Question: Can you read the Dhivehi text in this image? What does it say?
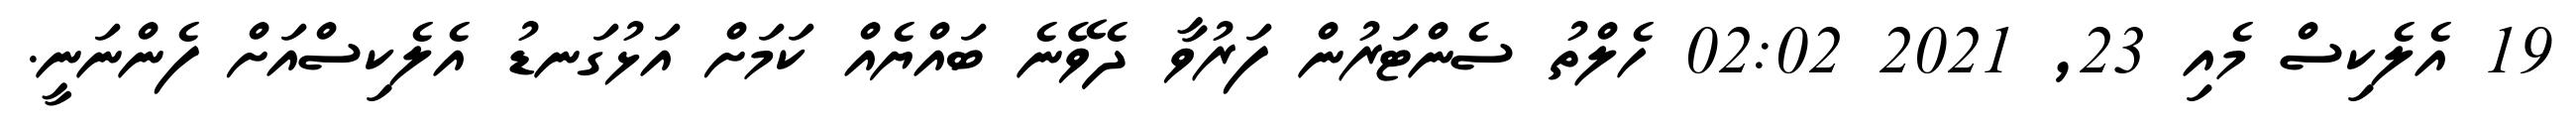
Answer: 19 އެލެކިސް މެއި 23, 2021 02:02 ހެލްތު ސެންޓަރުން ފަރުވާ ދެވޭނެ ބައްޔެއް ކަމަށް އަޅުގަނޑު އެލެކިސްއަށް ފެންނަނީ.